Rangoon Lunatic Asylum 1878-1892 - 1878-1892
Year: 1878
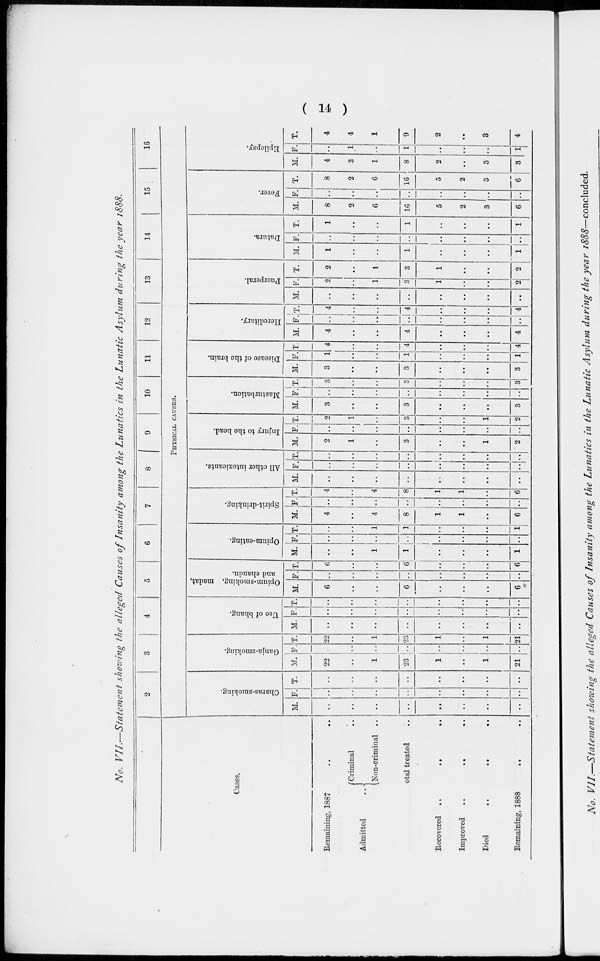
( 14 )
No. VII.—Statement showing the alleged Causes of Insanity among the Lunatics in the Lunatic Asylum during the year 1888.
Cases.
Remaining, 1887 .. ..
Admitted ..
Criminal ..
Non-criminal ..
Total treated ..
Recovered
..
..
..
Improved
..
.. ..
Died
..
..
..
Remaining, 1888 .. ..
2
3
4
5
6
7
8
9
10
11
12
13
14
15
16
PHYSICAL CAUSES.
Charas-smoking.
M.
..
..
..
..
..
..
..
..
F.
..
..
..
..
..
..
..
..
T.
..
..
..
..
..
..
..
..
Ganja-smoking.
M.
22
..
1
23
1
..
1
21
F.
..
..
..
..
..
..
..
..
T.
22
..
1
23
1
..
1
21
Use of bhang.
M.
..
..
..
..
..
..
..
..
F.
..
..
..
..
..
..
..
..
T.
..
..
..
..
..
..
..
..
Opium-smoking, madat,
and chandu.
M.
6
..
..
6
..
..
..
6
F.
..
..
..
..
..
..
..
..
T.
6
..
..
6
..
..
..
6
Opium-eating.
M.
..
..
1
1
..
..
..
1
F.
..
..
..
..
..
..
..
..
T.
..
..
1
1
..
..
..
1
Spirit-drinking.
M.
4
..
4
8
1
1
..
6
F.
..
..
..
..
..
..
..
..
T.
4
..
4
8
1
1
..
6
All other intoxicants.
M.
..
..
..
..
..
..
..
..
F.
..
..
..
..
..
..
..
..
T.
..
..
..
..
..
..
..
..
Injury to the head.
M.
2
1
..
3
..
..
1
2
F.
..
..
..
..
..
..
..
..
T.
2
1
..
3
..
..
1
2
Masturbation.
M.
3
..
..
3
..
..
..
3
F.
..
..
..
..
..
..
..
..
T.
3
..
..
3
..
..
..
3
Disease of the brain.
M.
3
..
..
3
..
..
..
3
F.
1
..
..
1
..
..
..
1
T.
4
..
..
4
..
..
..
4
Hereditary.
M.
4
..
..
4
..
..
..
4
F.
..
..
..
..
..
..
..
..
T.
4
..
..
4
..
..
..
4
Puerperal.
M.
..
..
..
..
..
..
..
..
F.
2
..
1
3
1
..
..
2
T.
2
..
1
3
1
..
..
2
Datura.
M.
1
..
..
1
..
..
..
1
F.
..
..
..
..
..
..
..
..
T.
1
..
..
1
..
..
..
1
Fever.
M.
8
2
6
16
5
2
3
6
F.
..
..
..
..
..
..
..
..
T.
8
2
6
16
5
2
3
6
Epilepsy.
M.
4
3
1
8
2
..
3
3
F.
..
1
..
1
..
..
..
1
T.
4
4
1
9
2
..
3
4